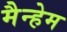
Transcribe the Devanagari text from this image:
मैन्हेम